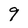
Character: 9